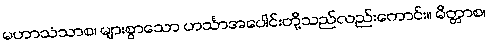
မဟာသံသာစ၊ များစွာသော ဟင်္သာအပေါင်းတို့သည်လည်းကောင်း။ မိတ္တာစ၊